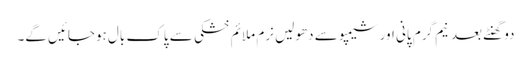
دو گھنٹے بعد نیم گرم پانی اور شیمپو سے دھولیں نرم ملائم خشکی سے پاک بال ہوجائیں گے۔